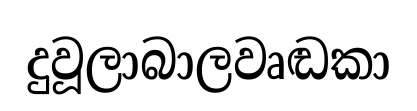
දුවූලාබාලවෘඬකා